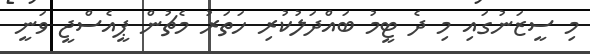
މި ސީޒަނުގައި މި ދެ ޓީމު ބައްދަލުކުރި ހަތަރު މެޗުން ޕީއެސްޖީ ވަނީ